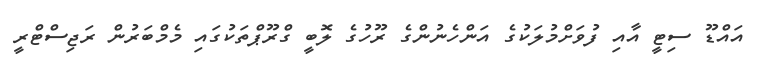
އައްޑޫ ސިޓީ އާއި ފުވަށްމުލަކުގެ އަންހެނުންގެ ރޫހުގެ ލޮބީ ގްރޫޕްތަކުގައި މެމްބަރުން ރަޖިސްޓްރީ